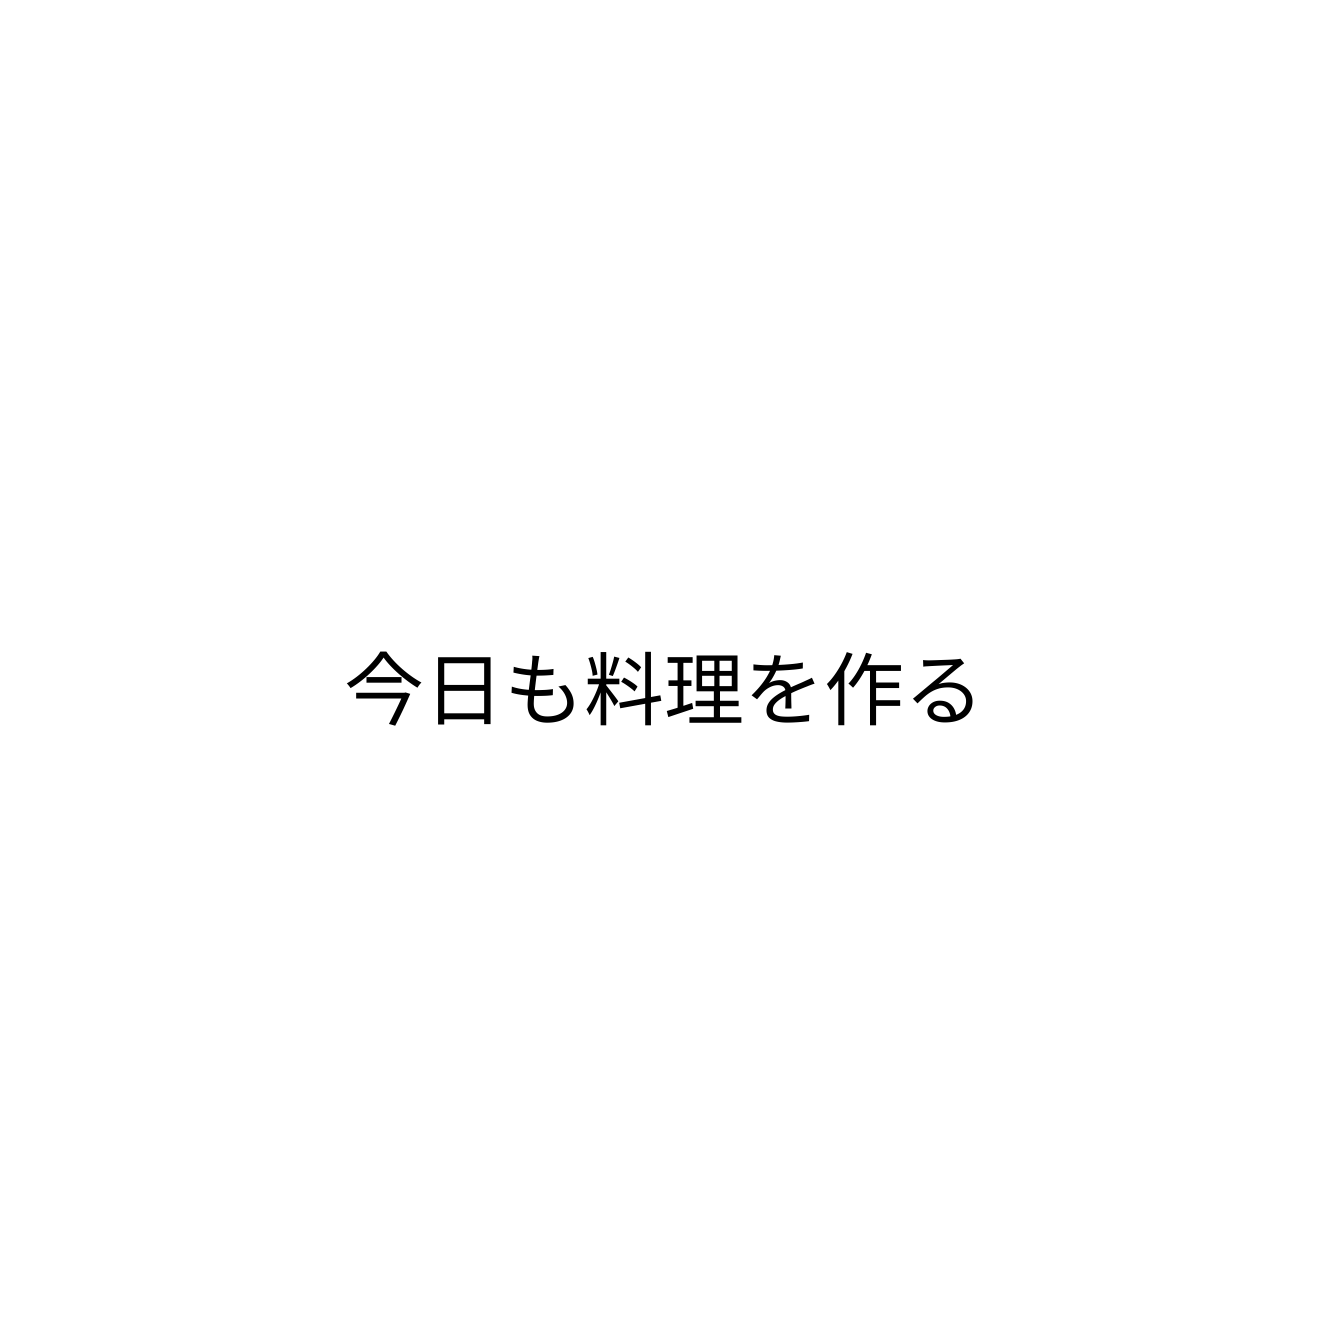
今日も料理を作る